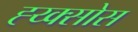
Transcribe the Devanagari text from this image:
ह्य्क्सोस